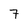
Character: 7